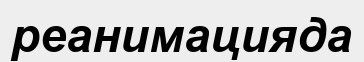
реанимацияда